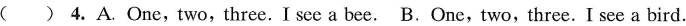
( ) 4. A.One,two,three. I see a bee. B.One,two, three. I see a bird.